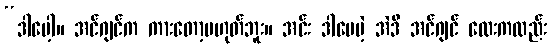
“ဒါပေါ့။ အင်ဂျင်က ကားတော့မဟုတ်ဘူး။ အင်း ဒါပေမဲ့ အဲဒီ အင်ဂျင် လေးကလည်း